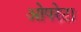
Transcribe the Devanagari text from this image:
ओपरेटा